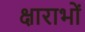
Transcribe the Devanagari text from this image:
क्षाराभों